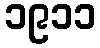
၁၉၁၁